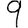
Digit: 9